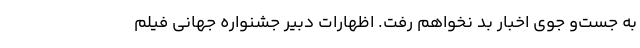
به جست‌و جوی اخبار بد نخواهم رفت. اظهارات دبیر جشنواره جهانی فیلم